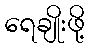
ရေချိုးဖို့